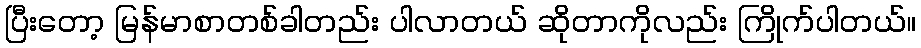
ပြီးတော့ မြန်မာစာတစ်ခါတည်း ပါလာတယ် ဆိုတာကိုလည်း ကြိုက်ပါတယ်။